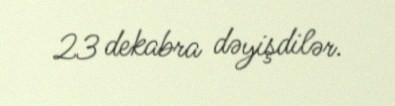
23 dekabra dəyişdilər.